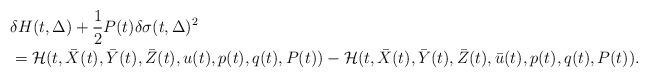
LaTeX: \begin{align*}& \delta H(t,\Delta)+\frac{1}{2}P(t)\delta\sigma(t,\Delta)^{2}\\& =\mathcal{H}(t,\bar{X}(t),\bar{Y}(t),\bar{Z}(t),u(t),p(t),q(t),P(t))-\mathcal{H}(t,\bar{X}(t),\bar{Y}(t),\bar{Z}(t),\bar{u}(t),p(t),q(t),P(t)).\end{align*}